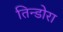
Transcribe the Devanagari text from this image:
तिन्डोरा